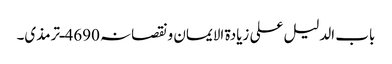
باب الدلیل علی زیادۃ الایمان ونقصانہ 4690ـ ترمذی۔